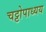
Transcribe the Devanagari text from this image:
चट्टोपाध्यय